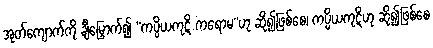
အုတ်ကျောက်ကို ချီမြှောက်၍ “ကပ္ပိယကုဋိံ ကရောမ”ဟု ဆို၍ဖြစ်စေ၊ ကပ္ပိယကုဋိံဟု ဆို၍ဖြစ်စေ